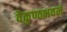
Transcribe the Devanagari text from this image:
वैकुण्ठभवनं